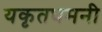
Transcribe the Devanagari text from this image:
यकृतधमनी